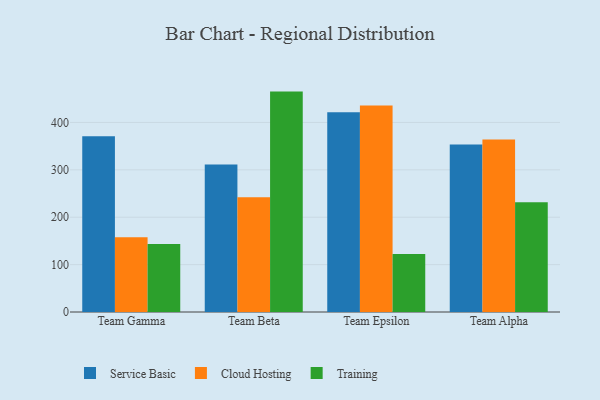
{"axis": {"x": "Team", "y": "Demand Index"}, "legend": ["Cloud Hosting", "Service Basic", "Training"], "data": [{"x": "Team Gamma", "y": 370.9, "type": "Service Basic"}, {"x": "Team Gamma", "y": 157.9, "type": "Cloud Hosting"}, {"x": "Team Gamma", "y": 143.7, "type": "Training"}, {"x": "Team Beta", "y": 311.4, "type": "Service Basic"}, {"x": "Team Beta", "y": 242.1, "type": "Cloud Hosting"}, {"x": "Team Beta", "y": 465.1, "type": "Training"}, {"x": "Team Epsilon", "y": 421.6, "type": "Service Basic"}, {"x": "Team Epsilon", "y": 435.9, "type": "Cloud Hosting"}, {"x": "Team Epsilon", "y": 122.4, "type": "Training"}, {"x": "Team Alpha", "y": 353.5, "type": "Service Basic"}, {"x": "Team Alpha", "y": 363.8, "type": "Cloud Hosting"}, {"x": "Team Alpha", "y": 231.4, "type": "Training"}]}